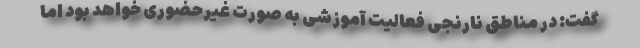
گفت: در مناطق نارنجی فعالیت آموزشی به صورت غیرحضوری خواهد بود اما